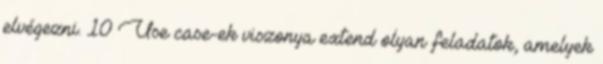
elvégezni. 10 Use case-ek viszonya extend olyan feladatok, amelyek